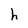
Character: h